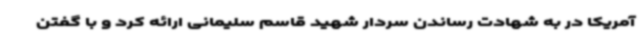
آمریکا در به شهادت رساندن سردار شهید قاسم سلیمانی ارائه کرد و با گفتن